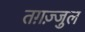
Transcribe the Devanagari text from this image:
तग़ज़्जुल